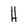
Character: H